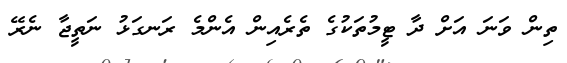
ތިން ވަނަ އަށް ދާ ޓީމުތަކުގެ ތެރެއިން އެންމެ ރަނގަޅު ނަތީޖާ ނެރޭ